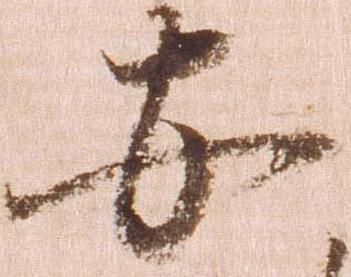
安